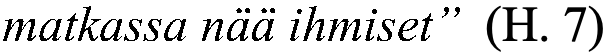
matkassa nää ihmiset” (H. 7)